Jaan_Tonisson_(Lasteleht), lk 124
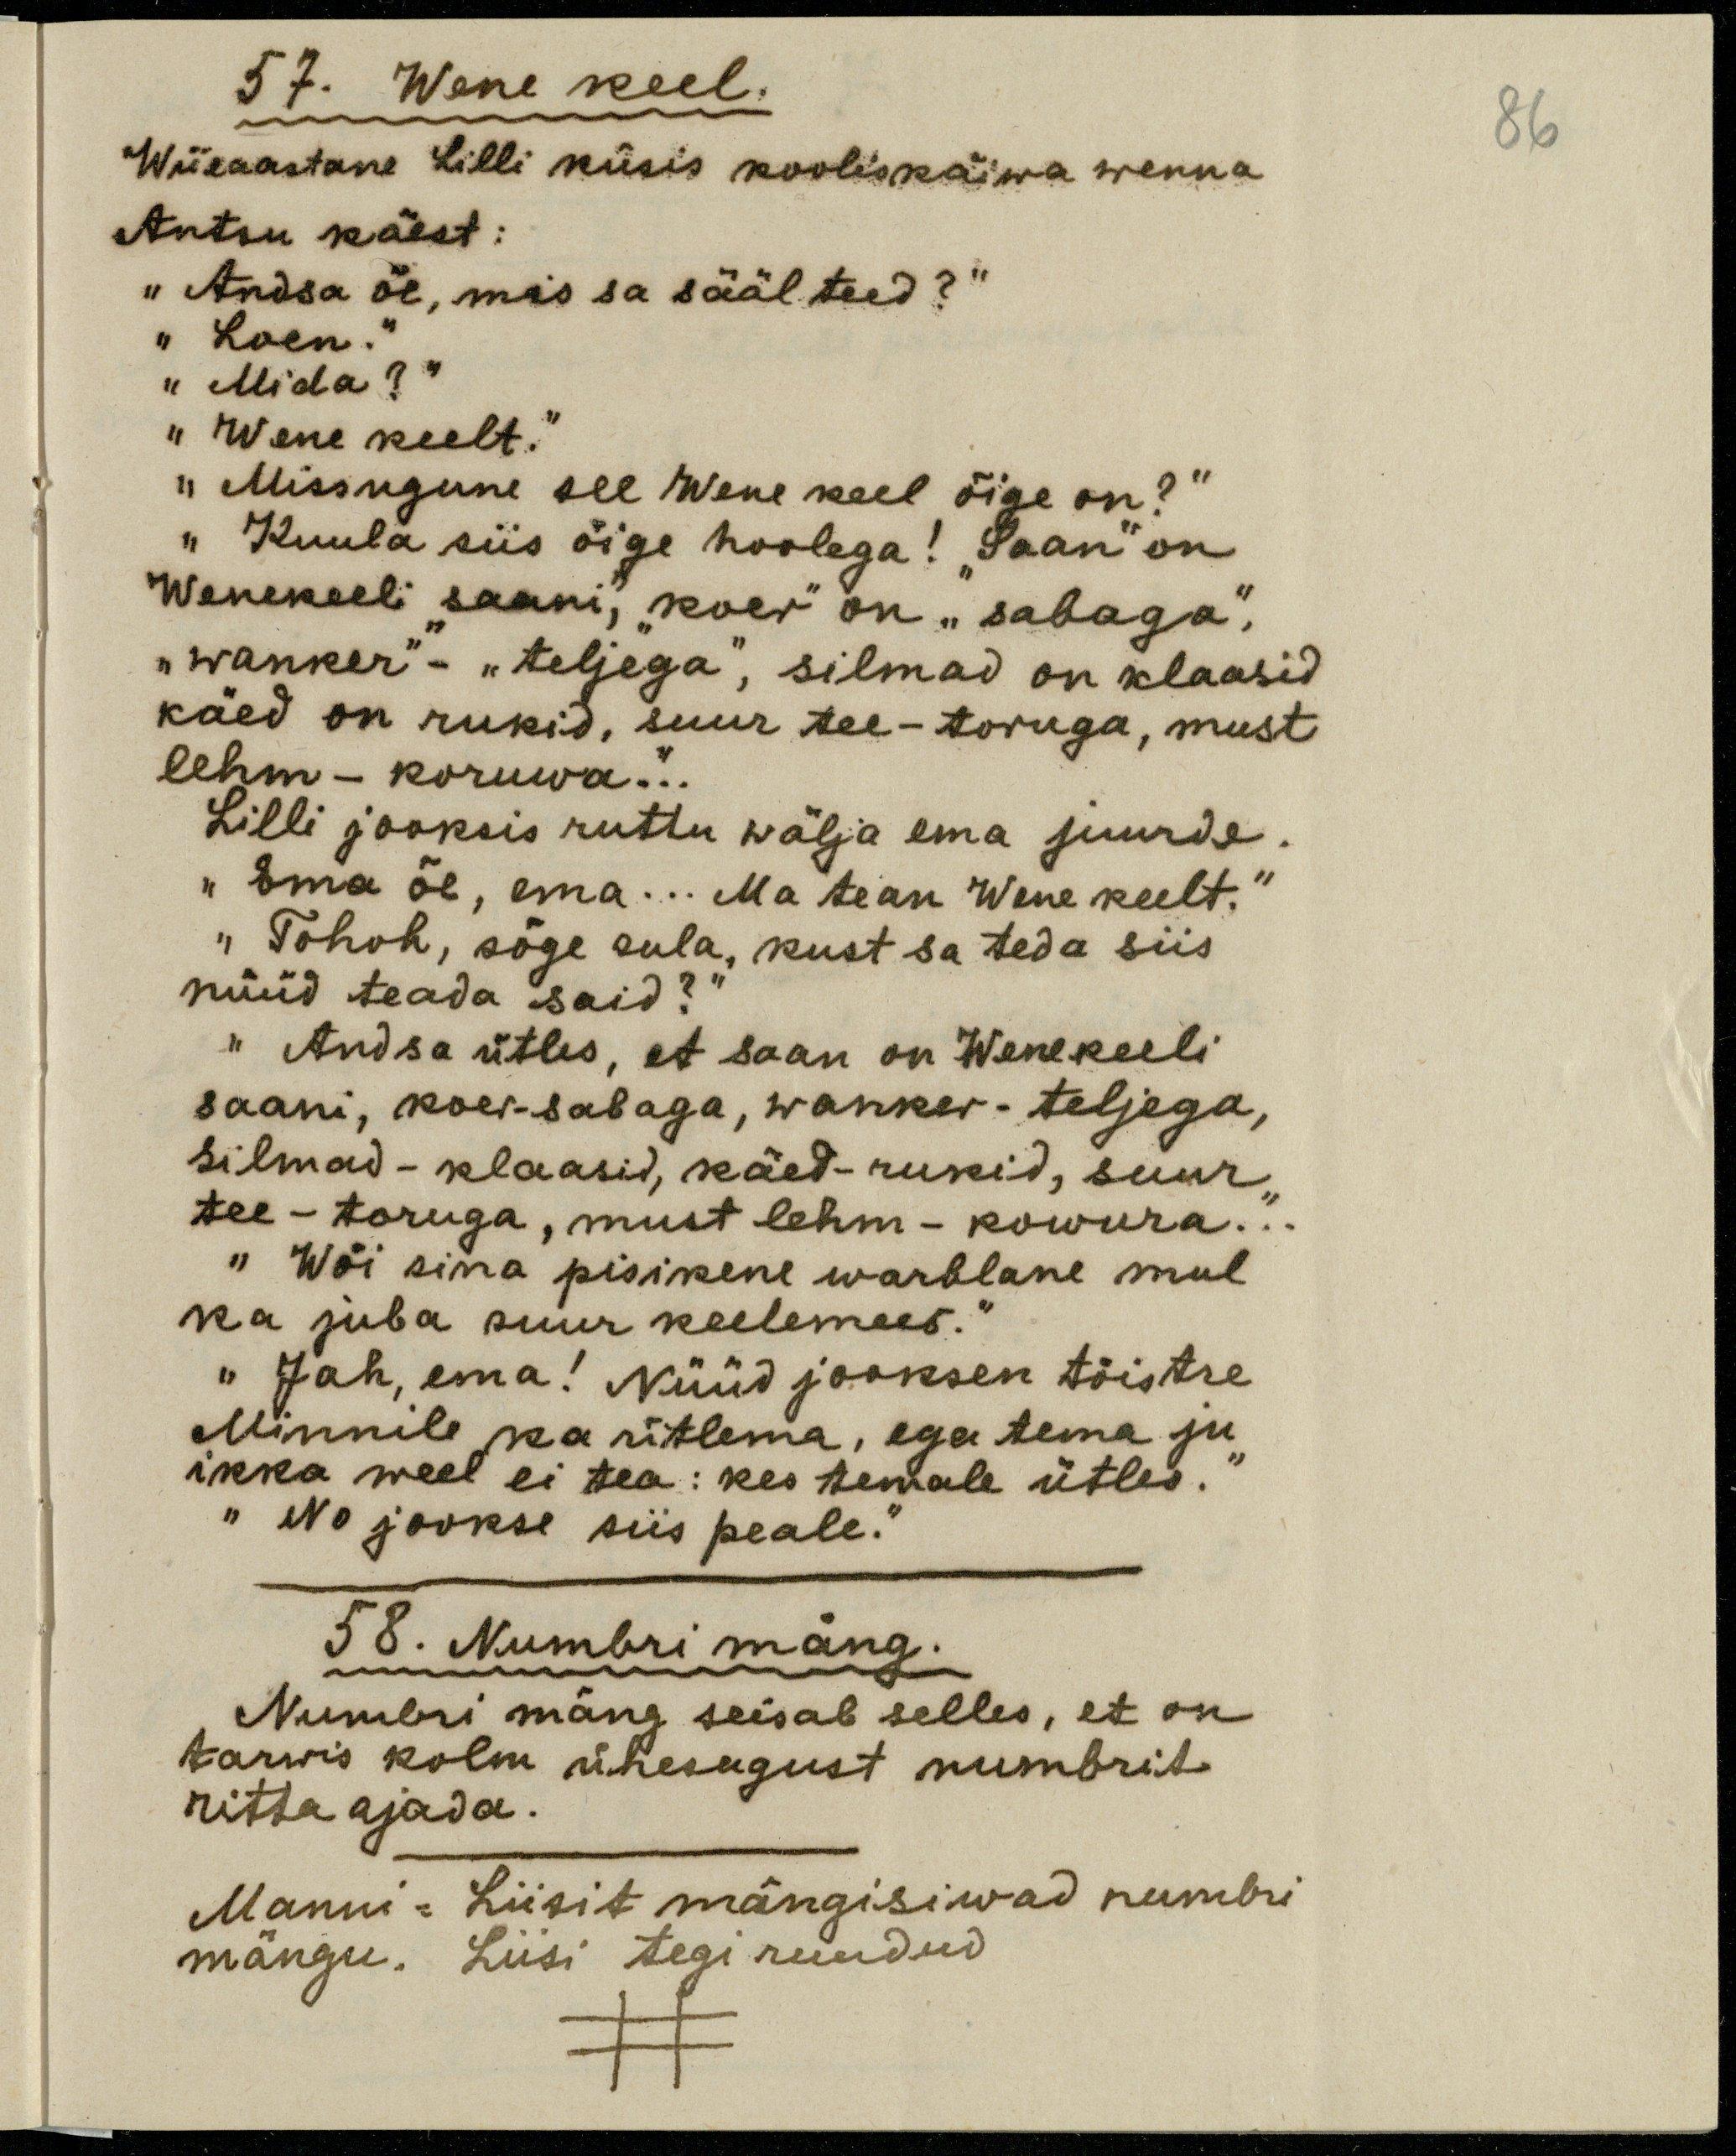
57. Wene keel.
Wiieaastane Lilli küsis kooliskäiwa wenna
Antsu käest:
"Andsa õe, mis sa sääl teed?"
"Loen"
"Mida?"
"Wene keelt."
"Missugune see wene keel õige on?"
"Kuulda siis õige hoolega! "Saan" on
Wenekeeli "saani", "koer" on "sabaga",
"wanker" - "teljega", silmad on klaasid
käed on rukid, suur tee - toruga, must
lehm - koruwa.."
Lilli jooksis ruttu ema juurde.
" Ema õe, ema . . . Ma tean Wene keelt."
"Tohoh, sõge sula, kust sa teda siis
nüüd teada said?"
"Andsa ütles, et saan on Wenekeeli
saani, koer - sabaga, wanker - teljega,
silmad - klaasid, käed - rukid, suur
tee - toruga, must lehm - kowura . . ."
"Wõi sina pisikene warblane mul
ka juba suur keelemees."
"Jah, ema! Nüüd jooksen tõistre
Minnile ka ütlema, ega tema ju
ikka weel ei tea: kes temale ütles."
"No jookse siis peale."
58. Numbri mäng.
Numbri mäng seisab selles, et on
tarwis kolm ühesugust numbrit
ritta ajada.
Manni = Liisit mängisiwad numbri
mängu. Liisi tegi ruudud
86